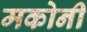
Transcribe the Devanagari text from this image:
मकोनी